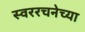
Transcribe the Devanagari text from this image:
स्वररचनेच्या